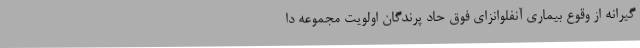
گیرانه از وقوع بیماری آنفلوانزای فوق حاد پرندگان اولویت مجموعه دا